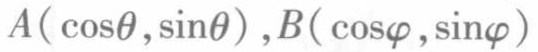
$A(\cos\theta,\sin\theta),B(\cos\varphi,\sin\varphi)$